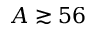
A \gtrsim 5 6